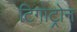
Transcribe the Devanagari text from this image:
टिगोट्रोन